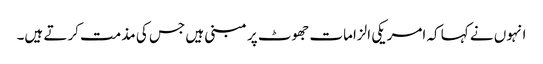
انہوں نے کہا کہ امریکی الزامات جھوٹ پر مبنی ہیں جس کی مذمت کرتے ہیں۔